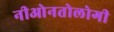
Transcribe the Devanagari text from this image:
नीओनतोलोगी